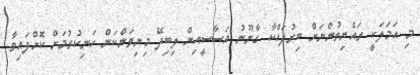
މި އަމަލަކީ ރައްޔިތުންނަށް ބިރުދައްކާ ގާނޫނު އަސާސީއިން ލިބިދޭ މިނިވަންކަން ހަނިކުރުމަށް ކޮށްފައިވާ